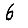
Digit: 6